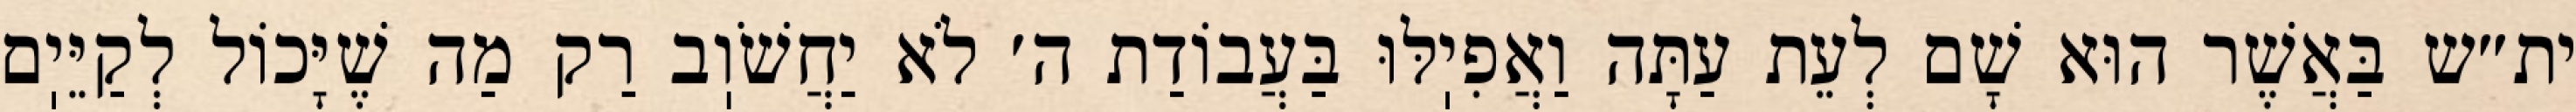
ית״ש בַּאֲשֶׁר הוּא שָׁם לְעֵת עַתָּה וַאֲפִיֽלּוּ בַּעֲבוֹדַת ה׳ לֹא יַחֲשֹׁוֽב רַק מַה שֶׁיָּכוֹל לְקַיֵּיֽם